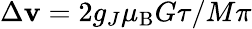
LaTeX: \Delta\mathbf{v}=2g_{J}\mu_{\mathrm{{B}}}G\tau/M\pi